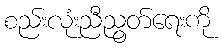
စည်းလုံးညီညွတ်ရေးကို